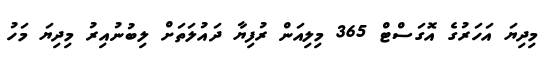
މިދިޔަ އަހަރުގެ އޮގަސްޓް 365 މިލިއަން ރުފިޔާ ދައުލަތަށް ލިބުނުއިރު މިދިޔަ މަހު